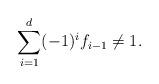
LaTeX: \begin{align*} \sum_{i=1}^d (-1)^i f_{i-1}\neq 1. \end{align*}